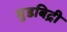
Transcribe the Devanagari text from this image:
मुडबिद्री